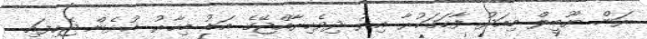
ރަން ޔޫބީލް މިއަދު ފާހަގަކުރާ އިރު ދިވެހިރާއްޖޭގެ އަޑު މިހާރު އުޅެން ޖެހިފައި